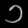
Digit: ၁